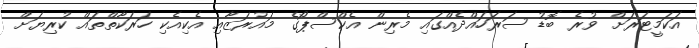
އަކަމީޓަރަށް ވުރެ ބޮޑު ސަރަހައްދެއްގައި މެރިން އެކްސްޕޯގެ މައުރަޒާއި އެކިއެކި ހަރަކާތްތައް ކުރިޔަށް